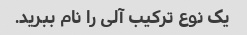
یک نوع ترکیب آلی را نام ببرید.